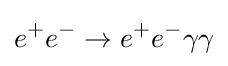
e^{+}e^{-}\to e^{+}e^{-}\gamma \gamma